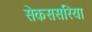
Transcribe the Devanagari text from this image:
सेकससरिया